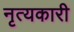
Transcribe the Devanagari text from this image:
नृत्यकारी